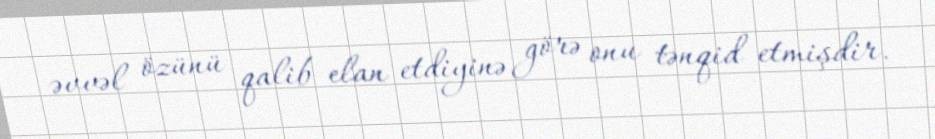
əvvəl özünü qalib elan etdiyinə görə onu tənqid etmişdir.